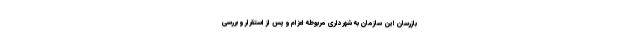
بازرسان این سازمان به شهرداری مربوطه اعزام و پس از استقرار و بررسی